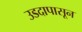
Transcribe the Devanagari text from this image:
उडदापासून